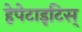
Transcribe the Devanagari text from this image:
हेपेटाइटिस्